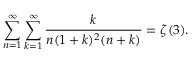
\sum _ { n = 1 } ^ { \infty } \sum _ { k = 1 } ^ { \infty } \frac { k } { n ( 1 + k ) ^ { 2 } ( n + k ) } = \zeta ( 3 ) .